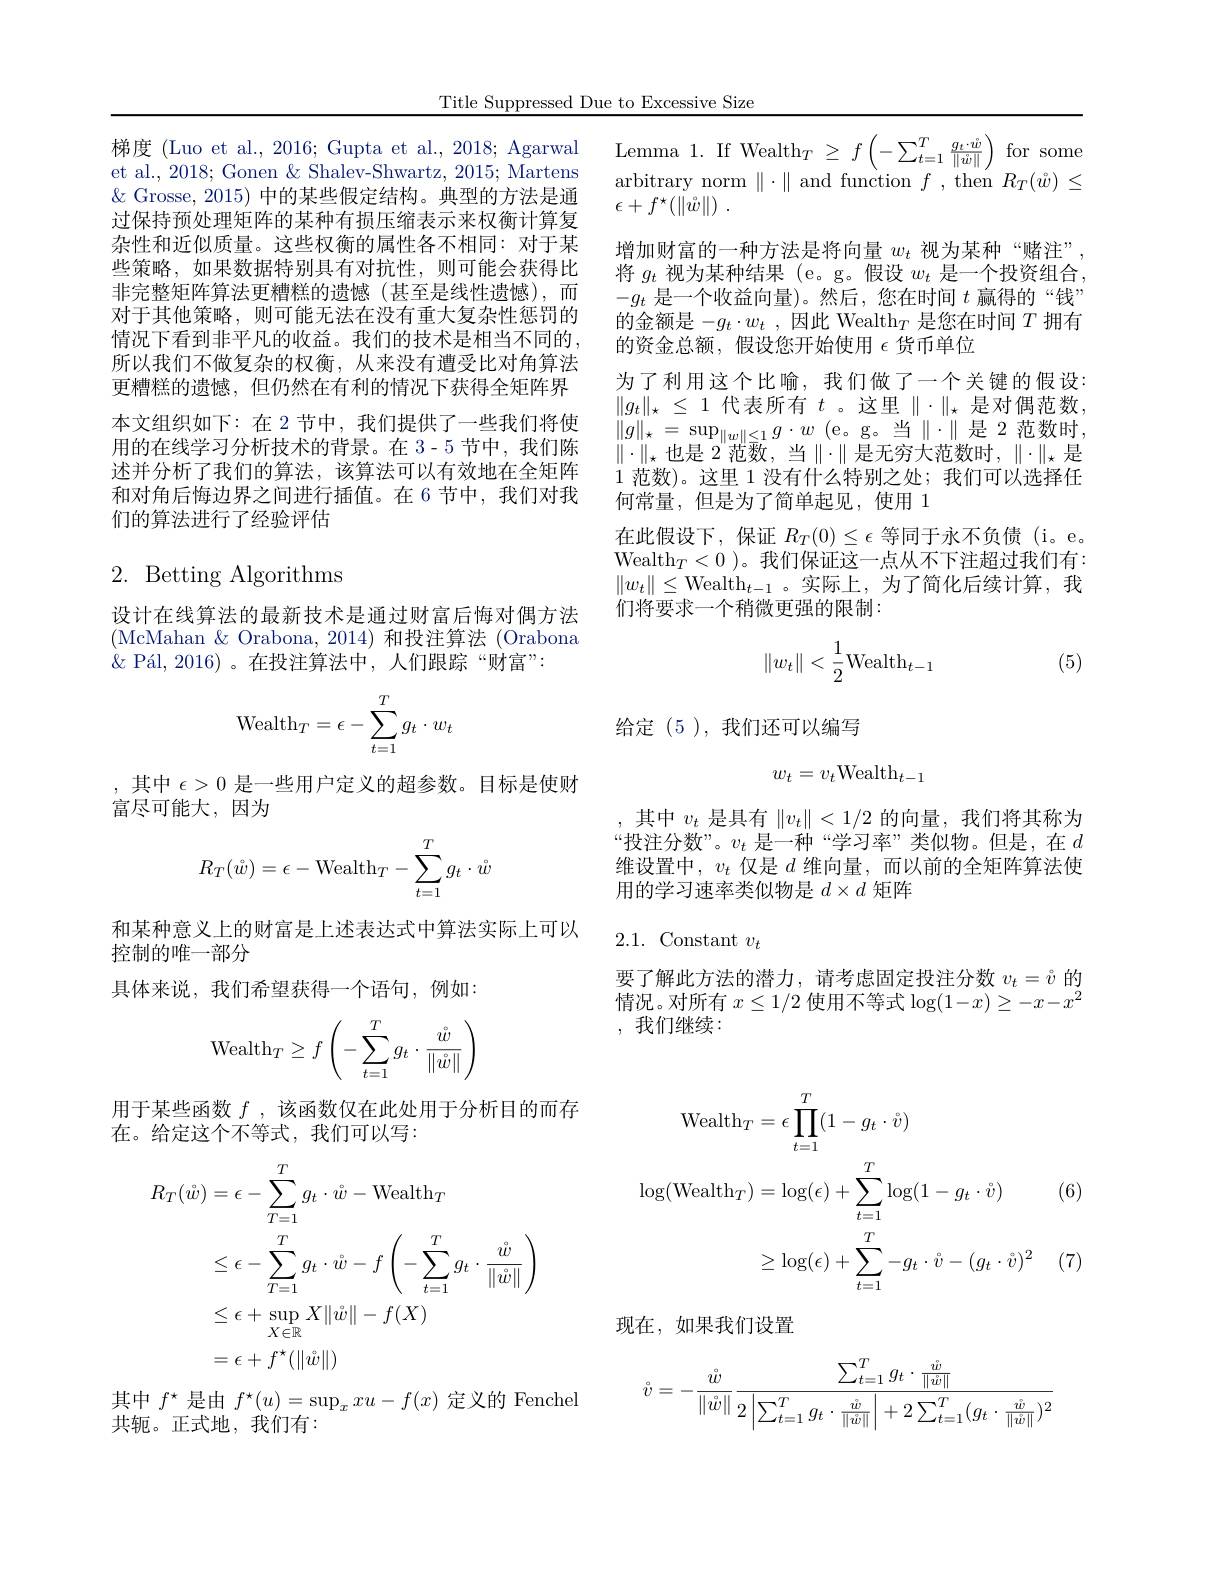
Title Suppressed Due to Excessive Size

梯 度 ( Luo et al. , 2016; Gupta et al. , 2018; Agarwal $\text{Lemma 1. If Wealth}_{T}\geq f\left ( - \sum _{t= 1}^{T}\frac {g_{t}\cdot \hat{w} }{\| \vec{w} \| }\right )$ for some et al 2018* Gonen $\ $Shalev- Shwartz 2015 Martens
et al., 2018; Gonen & Shalev-Shwartz, 2015; Martens $\&$ Grosse, 2015) 中的某些假定结构。典型的方法是通过保持预处理矩阵的某种有损压缩表示来权衡计算复杂性和近似质量。这些权衡的属性各不相同：对于某些策略，如果数据特别具有对抗性，则可能会获得比非完整矩阵算法更糟糕的遗憾(甚至是线性遗憾),而对于其他策略，则可能无法在没有重大复杂性惩罚的情况下看到非平凡的收益。我们的技术是相当不同的， 所以我们不做复杂的权衡，从来没有遭受比对角算法更糟糕的遗憾，但仍然在有利的情况下获得全矩阵界本文组织如下：在 2节中，我们提供了一些我们将使用的在线学习分析技术的背景。在 3-5 节中，我们陈述并分析了我们的算法，该算法可以有效地在全矩阵和对角后悔边界之间进行插值。在 6 节中，我们对我们的算法进行了经验评估

## $2.{\mathrm{~Betting~Algorithms}}$

设计在线算法的最新技术是通过财富后悔对偶方法(McMahan & Orabona, 2014) 和投注算法 (Orabona $\& \text{ P\' {a}l, 2016) 。在 投 注 算 法 中 , 人 们 跟 踪 “ 财 富 ” : }$
$$\text{Wealth}_T=\epsilon-\sum_{t=1}^Tg_t\cdot w_t$$
,其中$\epsilon>0$是一些用户定义的超参数。目标是使财
富尽可能大，因为
$$R_T(\mathring w)=\epsilon-\text{Wealth}_T-\sum_{t=1}^Tg_t\cdot\mathring w$$
和某种意义上的财富是上述表达式中算法实际上可以
控制的唯一部分
具体来说，我们希望获得一个语句，例如：
$$\mathrm{Wealth}_T\geq f\left(-\sum\limits_{t=1}^Tg_t\cdot\frac{\mathring{w}}{\|\mathring{w}\|}\right)$$
用于某些函数$f$ , 该函数仅在此处用于分析目的而存
在。给定这个不等式，我们可以写：
$$\begin{aligned}R_{T}(\mathring{w})&=\epsilon-\sum_{T=1}^{T}g_{t}\cdot\mathring{w}-\mathrm{Wealth}_{T}\\&\leq\epsilon-\sum_{T=1}^{T}g_{t}\cdot\mathring{w}-f\left(-\sum_{t=1}^{T}g_{t}\cdot\frac{\mathring{w}}{\|\mathring{w}\|}\right)\\&\leq\epsilon+\sup_{X\in\mathbb{R}}X\|\mathring{w}\|-f(X)\\&=\epsilon+f^{\star}(\|\mathring{w}\|)\end{aligned}$$
其中$f^\star$是由$f^\star(u)=\sup_xxu-f(x)$定义的 Fenchel
共轭。正式地，我们有：

arbitrary norm$\parallel\cdot\parallel$and function$f$,then$R_T(\hat{w})\leq$
$\epsilon + f^{\star }( \| \mathring{w} \| )$ .
增加财富的一种方法是将向量$w_t$视为某种“赌注”, 将$g_t$视为某种结果 (e。g。假设$w_t$是一个投资组合， $-g_t$是一个收益向量)。然后，您在时间$t$赢得的“钱” 的金额是$-g_t\cdot w_t$ ,因此 Wealth$_T$是您在时间$T$拥有的资金总额，假设您开始使用$\epsilon$货币单位
为了利用这个比喻，我们做了一个关键的假设： $\| g_t\| _\star$ $\leq$ 1 代表所有 $t$ 。这里$\|\cdot\|_\star$ 是对偶范数， $\| g\| _{\star }= \sup _{\| w\| \leq 1}g\cdot w$ ( e。g。当 $\| \cdot \| 是 2 范 数 时 $, $\|\cdot\|_{\star}$ 也是 2'范数，当$\|\cdot\|$ 是无穷大范数时$,\|\cdot\|_\star$ 是1范数)。这里 1 没有什么特别之处；我们可以选择任何常量，但是为了简单起见，使用 1
在此假设下，保证$R_T(0)\leq\epsilon$等同于永不负债(i。e。Wealth$_T<0$ )。我们保证这一点从不下注超过我们有： $\|w_t\|\leq$Wealth$_t-1$。实际上，为了简化后续计算，我们将要求一个稍微更强的限制：
$$\|w_t\|<\dfrac{1}{2}\text{Wealth}_{t-1}$$
(5)

给定(5),我们还可以编写
$$w_t=v_t\text{Wealth}_{t-1}$$
,其中$v_t$是具有$\|v_t\|<1/2$的向量，我们将其称为“投注分数”。$v_t$是一种“学习率”类似物。但是，在$d$ 维设置中，$v_t$仅是$d$维向量，而以前的全矩阵算法使用的学习速率类似物是$d\times d$矩阵

# 2.1. Constant $v_t$

要了解此方法的潜力，请考虑固定投注分数$v_t=\mathring{\upsilon}$的情况。对所有$x\leq1/2$使用不等式$\log(1-x)\geq-x-x^2$ ,我们继续：
$$\begin{aligned}\mathrm{Wealth}_{T}&=\epsilon\prod_{t=1}^{T}(1-g_{t}\cdot\hat{v})\\\log(\mathrm{Wealth}_{T})&=\log(\epsilon)+\sum_{t=1}^{T}\log(1-g_{t}\cdot\hat{v})\\&\geq\log(\epsilon)+\sum_{t=1}^{T}-g_{t}\cdot\hat{v}-(g_{t}\cdot\hat{v})^{2}\end{aligned}$$
(6)

(7)

现在，如果我们设置
$$\mathring{v}=-\frac{\mathring{w}}{\left\|\mathring{w}\right\|}\frac{\sum_{t=1}^Tg_t\cdot\frac{\mathring{w}}{\left\|\mathring{w}\right\|}}{2\left|\sum_{t=1}^Tg_t\cdot\frac{\mathring{w}}{\left\|\mathring{w}\right\|}\right|+2\sum_{t=1}^T(g_t\cdot\frac{\mathring{w}}{\left\|\mathring{w}\right\|})^2}$$